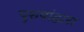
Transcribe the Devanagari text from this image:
पुरुषांद्वारा